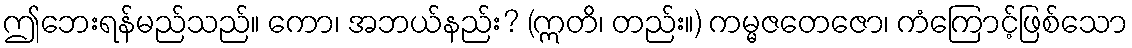
ဤဘေးရန်မည်သည်။ ကော၊ အဘယ်နည်း? (ဣတိ၊ တည်း။) ကမ္မဇတေဇော၊ ကံကြောင့်ဖြစ်သော